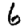
Digit: 6